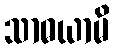
သာဓယာမိ